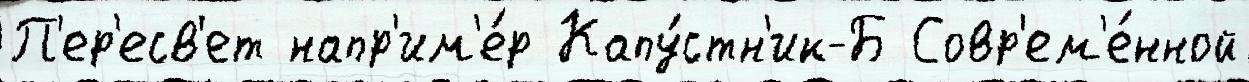
П'ер'есв'ет напр'им'е́р Капу́стн'ик-Б Совр'ем'е́нной